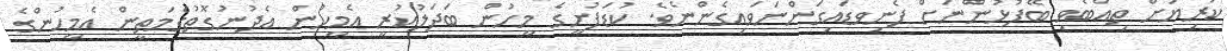
ކުރިޔަށް ތިއްބެވި ބޭފުޅުންނަށް ފެނިވޑައިގަންނަވައިގެންނެވެ. ކުޑަފުށީގެ މީހުން ބަދަލުކުރީ އެމީހުން އެދުނުގޮތުގެމަތީން އެމީހުންގެ